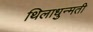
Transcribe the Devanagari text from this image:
थिलाधुन्मती